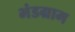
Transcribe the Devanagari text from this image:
भंडग्राम